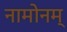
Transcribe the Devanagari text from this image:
नामोनम्